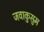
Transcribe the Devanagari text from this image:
जवाकुसुम